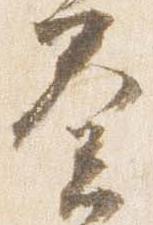
奏